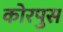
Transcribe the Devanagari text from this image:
कोरपुस